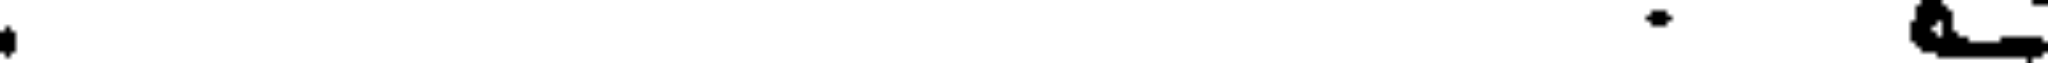
.